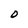
Character: 0